Civil Veterinary Department Bengal reports 1933-51 - 1933-1951
Year: 1933
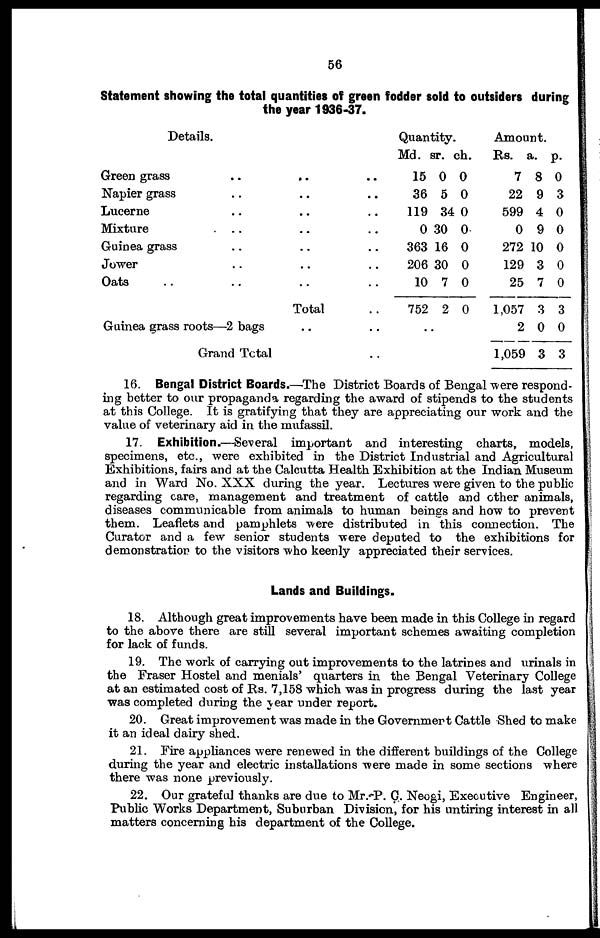
56
Statement showing the total quantities of green fodder sold to outsiders during
the year 1936-37.
Details.
Green grass .. .. ..
Napier grass .. .. ..
Lucerne .. .. ..
Mixture
..
..
..
Guinea grass .. .. ..
Jower .. .. ..
Oats .. .. ..
Total ..
Guinea grass roots—2 bags .. ..
Grand Total ..
Quantity.
Md.
15
36
119
0
363
206
10
752
..
sr.
0
5
34
30
16
30
7
2
ch.
0
0
0
0
0
0
0
0
Amount.
Rs.
7
22
599
0
272
129
25
1,057
2
1,059
a.
8
9
4
9
10
3
7
3
0
3
p.
0
3
0
0
0
0
0
3
0
3
16. Bengal District Boards.—The District Boards of Bengal were respond-
ing better to our propaganda regarding the award of stipends to the students
at this College. It is gratifying that they are appreciating our work and the
value of veterinary aid in the mufassil.
17. Exhibition.—Several important and interesting charts, models,
specimens, etc., were exhibited in the District Industrial and Agricultural
Exhibitions, fairs and at the Calcutta Health Exhibition at the Indian Museum
and in Ward No. XXX during the year. Lectures were given to the public
regarding care, management and treatment of cattle and other animals,
diseases communicable from animals to human beings and how to prevent
them. Leaflets and pamphlets were distributed in this connection. The
Curator and a few senior students were deputed to the exhibitions for
demonstration to the visitors who keenly appreciated their services.
Lands and Buildings.
18. Although great improvements have been made in this College in regard
to the above there are still several important schemes awaiting completion
for lack of funds.
19. The work of carrying out improvements to the latrines and urinals in
the Fraser Hostel and menials' quarters in the Bengal Veterinary College
at an estimated cost of Rs. 7,158 which was in progress during the last year
was completed during the year under report.
20. Great improvement was made in the Government Cattle Shed to make
it an ideal dairy shed.
21. Fire appliances were renewed in the different buildings of the College
during the year and electric installations were made in some sections where
there was none previously.
22. Our grateful thanks are due to Mr.-P. G. Neogi, Executive Engineer,
Public Works Department, Suburban Division, for his untiring interest in all
matters concerning his department of the College.